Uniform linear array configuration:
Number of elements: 8
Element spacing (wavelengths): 0.75
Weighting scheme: cosine
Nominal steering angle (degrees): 0
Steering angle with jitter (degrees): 0.5527
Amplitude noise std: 0.05
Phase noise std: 0.05

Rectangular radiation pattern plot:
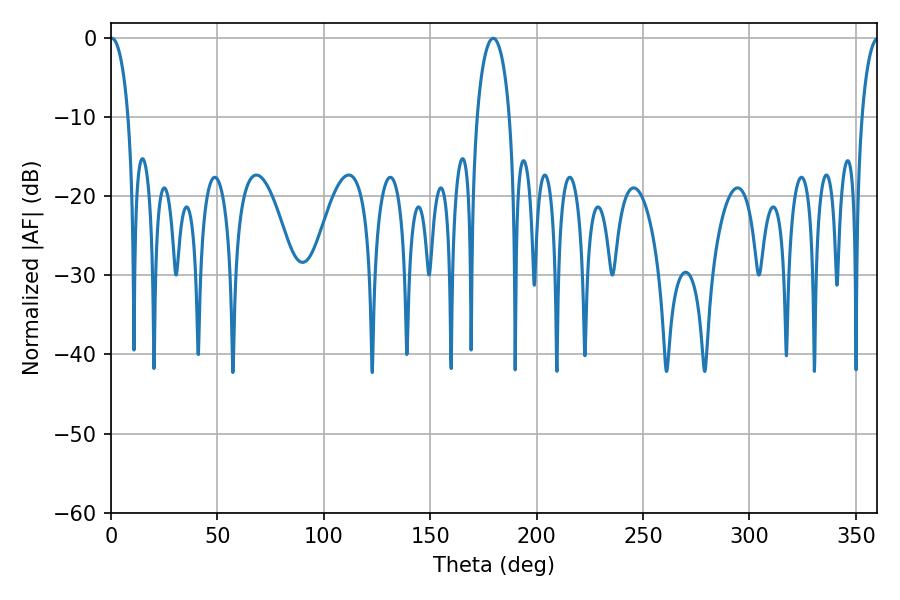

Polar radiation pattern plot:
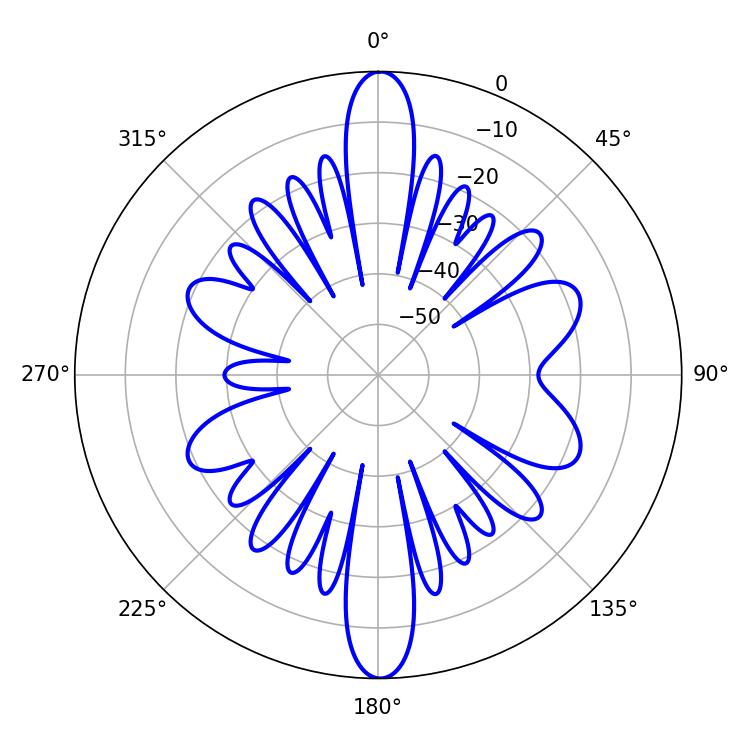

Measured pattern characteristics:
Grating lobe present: TRUE
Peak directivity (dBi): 24.609
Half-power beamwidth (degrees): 4.86
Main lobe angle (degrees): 0.36